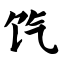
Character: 饩